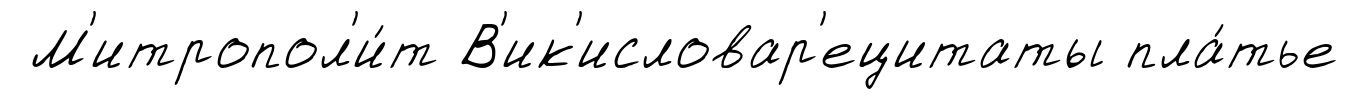
М'итропол'и́т В'ик'исловар'ецитаты пла́тье